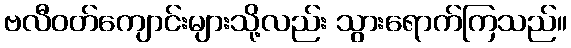
ဗလီဝတ်ကျောင်းများသို့လည်း သွားရောက်ကြသည်။